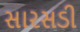
સારસડી